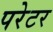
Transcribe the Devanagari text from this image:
परेटर